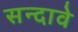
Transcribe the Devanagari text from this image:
सन्दावे